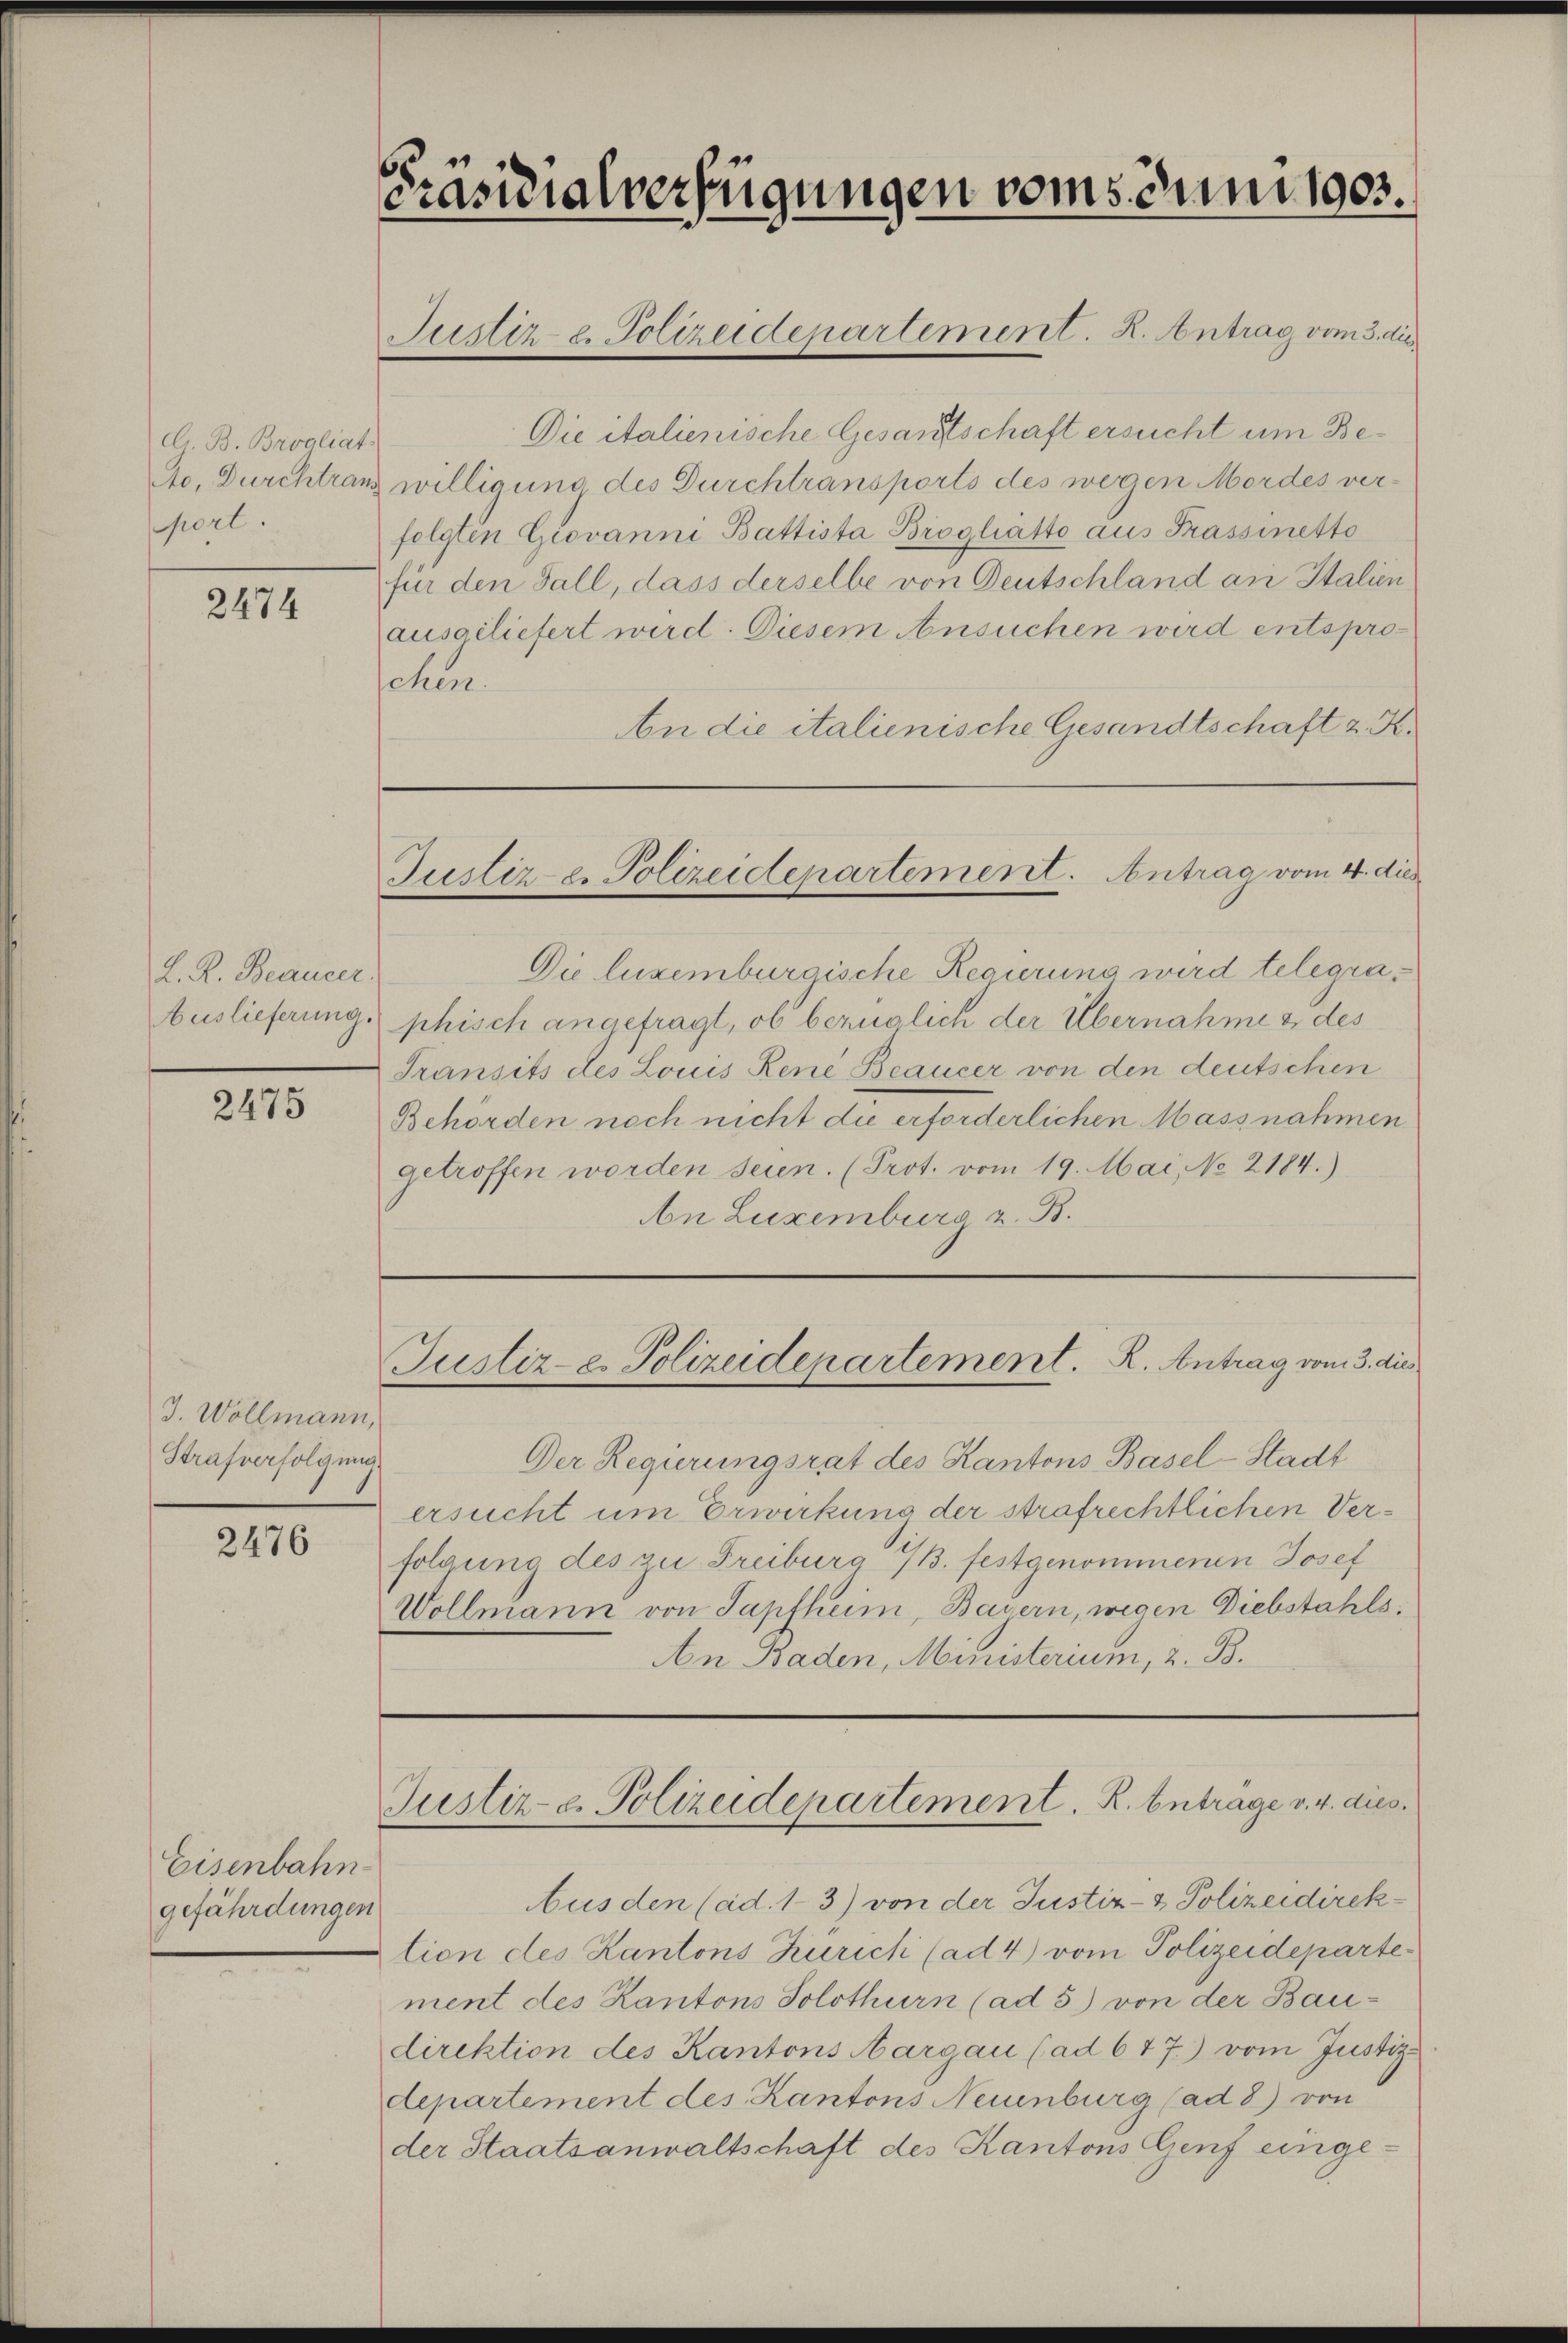
d. B. Brogliat.
Ao, Durchtrans
port.

2474

L. R. Beaucer
Auslieferung.

2475

3. Wollmann,
Strafverfolgung

2476

Eisenbahn
gefährdungen

Präsidialverfügungen vom 5. Juni 1903.

Justiz- & Polizeidepartement. K. Antrag vom 3. di

Die italienische Gesandtschaft ersucht um Bewilligung des Durchtransports des wegen Mordes ver-
folgten Giovanni Battista Brogliatto aus Frassinetto
für den Fall, dass derselbe von Deutschland an Italien
ausgeliefert wird. Diesem Ansuchen wird entsproschen.
An die italienische Gesandtschaft z. K.

Justiz- & Polizeidepartement. Antrag vom 4. dies

Der Regierungsrat des Kantons Basel-Stadt
ersucht um Erwirkung der strafrechtlichen Verfolgung des zu Freiburg 7. festgenommenen Josef
Wollmann von Sapfheim, Bayern, wegen Diebstahls
An Baden, Ministerium, 2. B.

Die luzemburgische Regierung wird telegraphisch angefragt, ob bezüglich der Übernahme & des
Transits des Louis Rene Beaucer von den deutschen
Behörden noch nicht die erforderlichen Massnahmen
getroffen worden seien. (Prot. vom 19. Mai, No 2184.)
An Luxenburg z. B.

Justiz- e. Polizeidepartement. R. Antrag vom 3. die

Justiz- & Polizeidepartement. R. Antrage v. 4. dies

Aus den (ad. 13) von der Justiz- & Polizeidirektion des Kantons Zürich (ad 4) vom Polizeidepartement des Kantons Solothurn (ad 5) von der Bau-
direktion des Kantons Aargau (ad 677.) vom Justiz-
departement des Kantons Neuenburg (ad 8) von
der Staatsanwaltschaft des Kantons Genf einge-